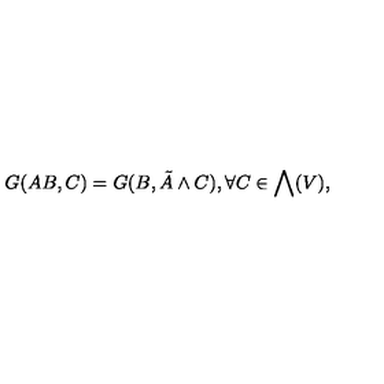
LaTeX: G ( A { \mathbin \mathrm { \vphantom { X }  } } B , C ) = G ( B , \tilde { A } \wedge C ) , \forall C \in \bigwedge ( V ) ,